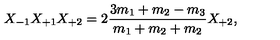
X _ { - 1 } X _ { + 1 } X _ { + 2 } = 2 \frac { 3 m _ { 1 } + m _ { 2 } - m _ { 3 } } { m _ { 1 } + m _ { 2 } + m _ { 2 } } X _ { + 2 } ,